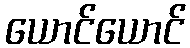
ယောင်ယောင်